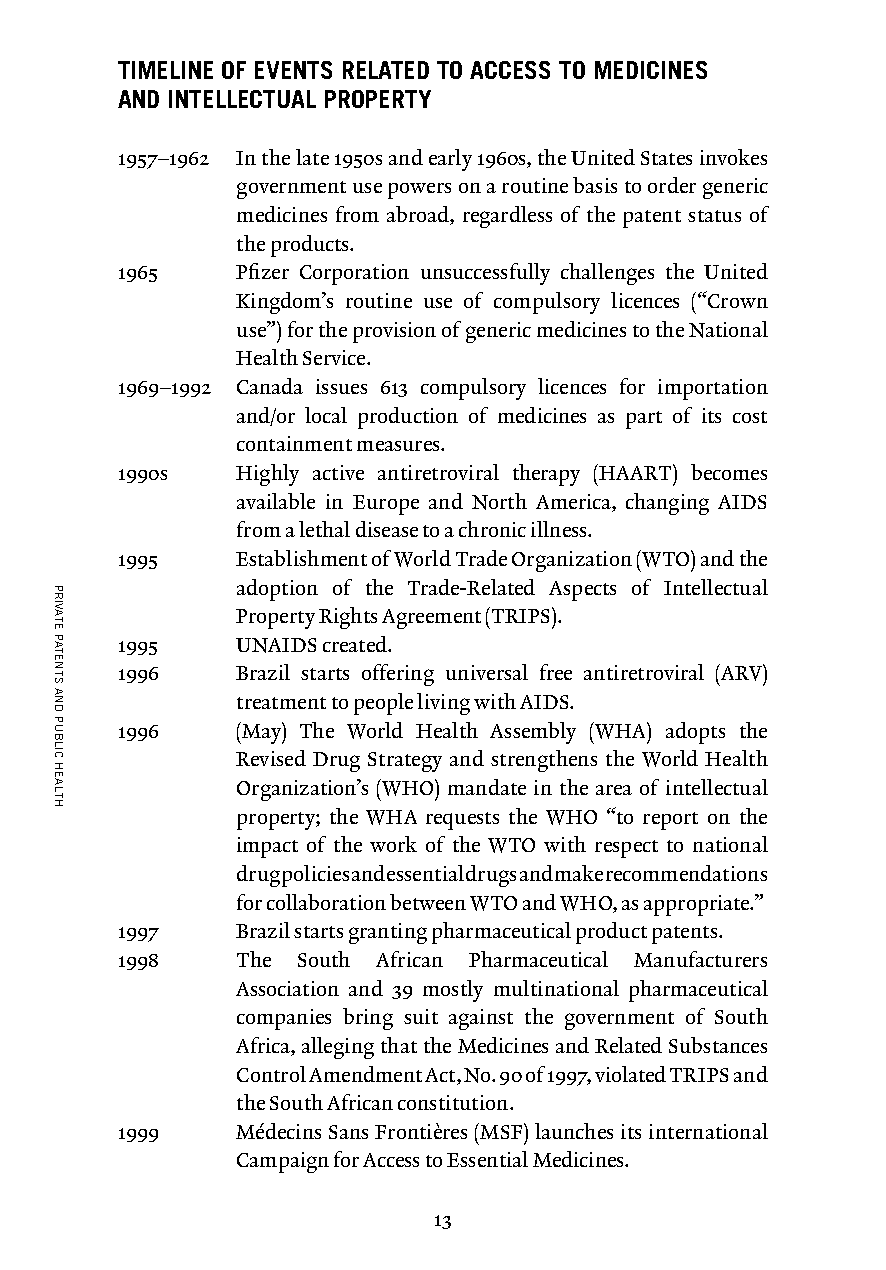
TIMELINE OF EVENTS RELATED TO ACCESS TO MEDICINES
 AND INTELLECTUAL PROPERTY
 1957–1962 In the late 1950s and early 1960s, the United States invokes
 government use powers on a routine basis to order generic
 medicines from abroad, regardless of the patent status of
 the products.
 1965    Pfizer Corporation unsuccessfully challenges the United
 Kingdom’s routine use of compulsory licences (“Crown
 use”) for the provision of generic medicines to the National
 Health Service.
 1969–1992 Canada issues 613 compulsory licences for importation
 and/or local production of medicines as part of its cost
 containment measures.
 1990s   Highly active antiretroviral therapy (HAART) becomes
 available in Europe and North America, changing AIDS
 from a lethal disease to a chronic illness.
 1995    Establishment of World Trade Organization (WTO) and the
 adoption of the Trade-Related Aspects of Intellectual
 Property Rights Agreement (TRIPS).
 1995    UNAIDS created.
 1996    Brazil starts offering universal free antiretroviral (ARV)
 treatment to people living with AIDS.
 1996    (May) The World Health Assembly (WHA) adopts the
 Revised Drug Strategy and strengthens the World Health
 Organization’s (WHO) mandate in the area of intellectual
 property; the WHA requests the WHO “to report on the
 impact of the work of the WTO with respect to national
 drug policies and essential drugs and make recommendations
 for collaboration between WTO and WHO, as appropriate.”
 1997    Brazil starts granting pharmaceutical product patents.
 1998    The South African Pharmaceutical Manufacturers
 Association and 39 mostly multinational pharmaceutical
 companies bring suit against the government of South
 Africa, alleging that the Medicines and Related Substances
 Control Amendment Act, No. 90 of 1997, violated TRIPS and
 the South African constitution.
 1999    Médecins Sans Frontières (MSF) launches its international
 Campaign for Access to Essential Medicines.
 13
 PRIVATE
 PATENTS
 AND
 PUBLIC
 HEALTH